Scottish Leaving Certificate Examination, 1956
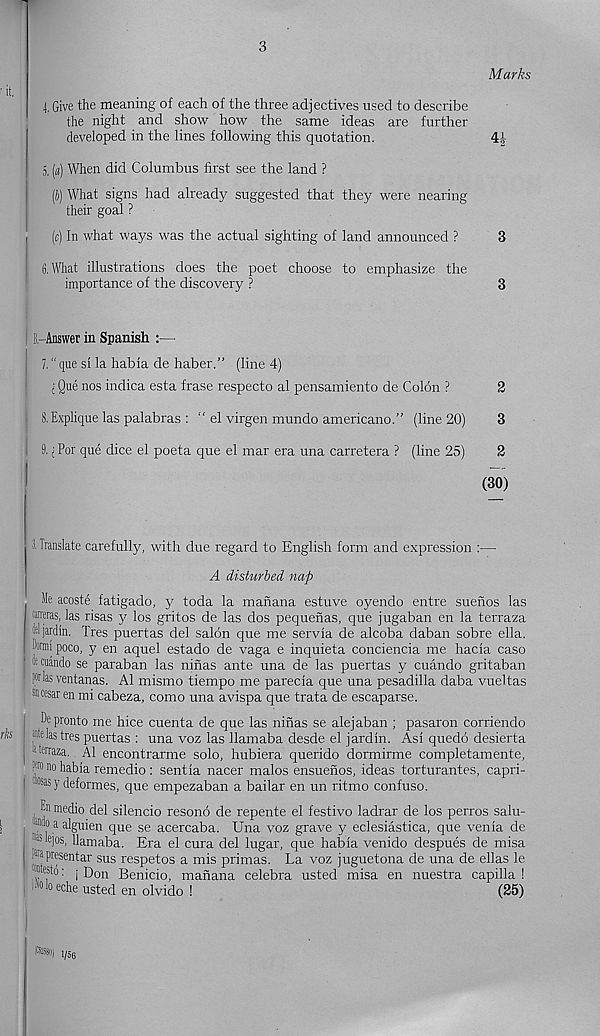
3
Marks
4, Give the meaning of each of the three adjectives used to describe
the night and show how the same ideas are further
developed in the lines following this quotation.
4J
5, («.) When did Columbus first see the land ?
(J) What signs had already suggested that they were nearing
their goal ?
(c) In what ways was the actual sighting of land announced ?
3
6, What illustrations does the poet choose to emphasize the
importance of the discovery ?
3
B-Answer in Spanish :—
l" que si la habia de haber.” (line 4)
j Que nos indica esta frase respecto al pensamiento de Colon ?
2
8. Explique las palabras : “ el virgen mundo americano.” (line 20)
3
9, i For que dice el poeta que el mar era una carretera ? (line 25)
2
(30)
tits
3. Translate carefully, with due regard to English form and expression :—
A disturbed nap
Me acoste fatigado, y toda la manana estuve oyendo entre suenos las
weras, las risas y los gritos de las dos pequenas, que jugaban en la terraza
'iljardin. Tres puertas del salon que me servia de alcoba daban sobre ella.
ftmii poco, y en aquel estado de vaga e inquieta conciencia me hacia caso
-rcuando se paraban las ninas ante una de las puertas y cuando gritaban
prlasventanas. Al mismo tiempo me parecia que una pesadilla daba vueltas
*cesar en mi cabeza, como una avispa que trata de escaparse.
De pronto me hice cuenta de que las ninas se alejaban ; pasaron corriendo
Piastres puertas : una voz las llamaba desde el jardin. Asi quedo desierta
1 terraza. Al encontrarme solo, hubiera querido dormirme completamente,
(to no habia remedio : sentia nacer males ensuenos, ideas torturantes, capri-
®sas y deformes, que empezaban a bailar en un ritmo confuso.
Dn medio del silencio resono de repente el festive ladrar de los perros salu-
. o a alguien que se acercaba. Una voz grave y eclesiastica, que venia de
odejos, llamaba. Era el cura del lugar, que habia venido despues de misa
da presentar sus respetos a mis primas. La voz juguetona de una de ellas le
? est D: j Don Benicio, manana celebra usted misa en nuestra capilla !
■ 0 d eche usted en olvido !
(25)
fesoi , /56